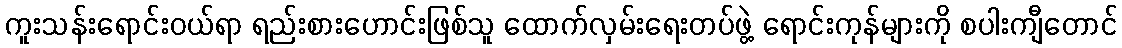
ကူးသန်းရောင်းဝယ်ရာ ရည်းစားဟောင်းဖြစ်သူ ထောက်လှမ်းရေးတပ်ဖွဲ့ ရောင်းကုန်များကို စပါးကျီတောင်